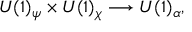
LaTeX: U ( 1 ) _ { \psi } \times U ( 1 ) _ { \chi } \longrightarrow U ( 1 ) _ { \alpha } ,